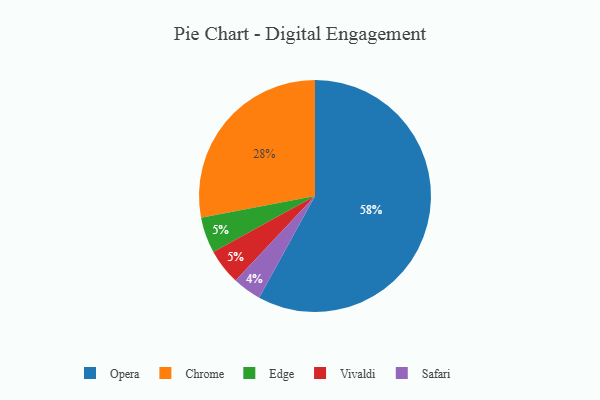
{"axis": {"x": "Category", "y": "Percentage"}, "legend": ["Chrome", "Edge", "Opera", "Safari", "Vivaldi"], "data": [{"x": "Opera", "y": 58, "type": "Opera"}, {"x": "Chrome", "y": 28, "type": "Chrome"}, {"x": "Edge", "y": 5, "type": "Edge"}, {"x": "Safari", "y": 4, "type": "Safari"}, {"x": "Vivaldi", "y": 5, "type": "Vivaldi"}]}